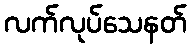
လက်လုပ်သေနတ်